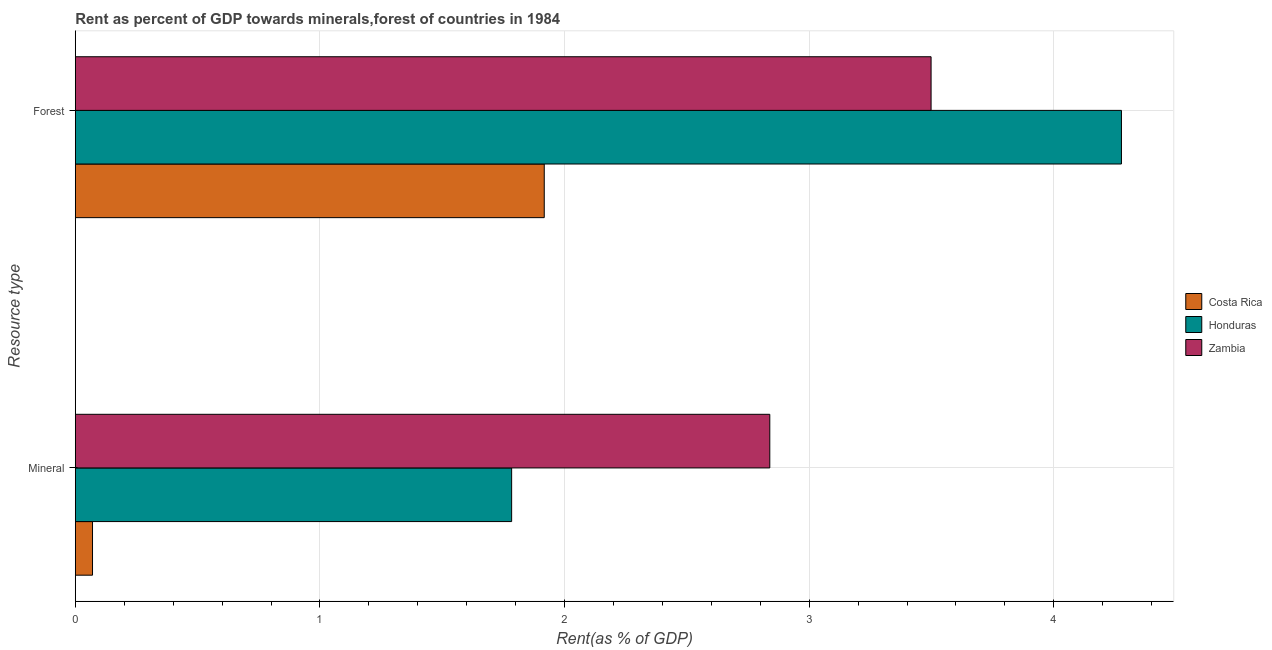
| Resource type | Costa Rica | Honduras | Zambia |
 | --- | --- | --- | --- |
 | Mineral | 0.0703 | 1.78 | 2.84 |
 | Forest | 1.92 | 4.28 | 3.5 |